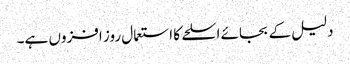
دلیل کے بجائے اسلحے کا استعمال روز افزوں ہے۔